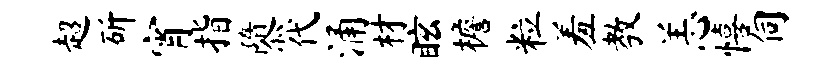
超斫宵指隳代涌材眩檐粒羞教恙僖伺